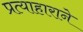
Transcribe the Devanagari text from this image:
प्रत्याहाराने